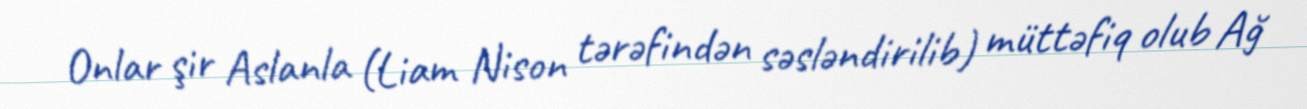
Onlar şir Aslanla (Liam Nison tərəfindən səsləndirilib) müttəfiq olub Ağ